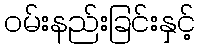
ဝမ်းနည်းခြင်းနှင့်